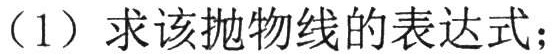
（1）求该抛物线的表达式；